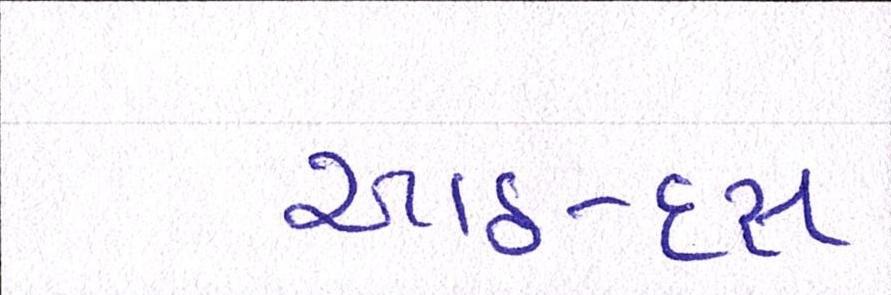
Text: આઠ-દસ